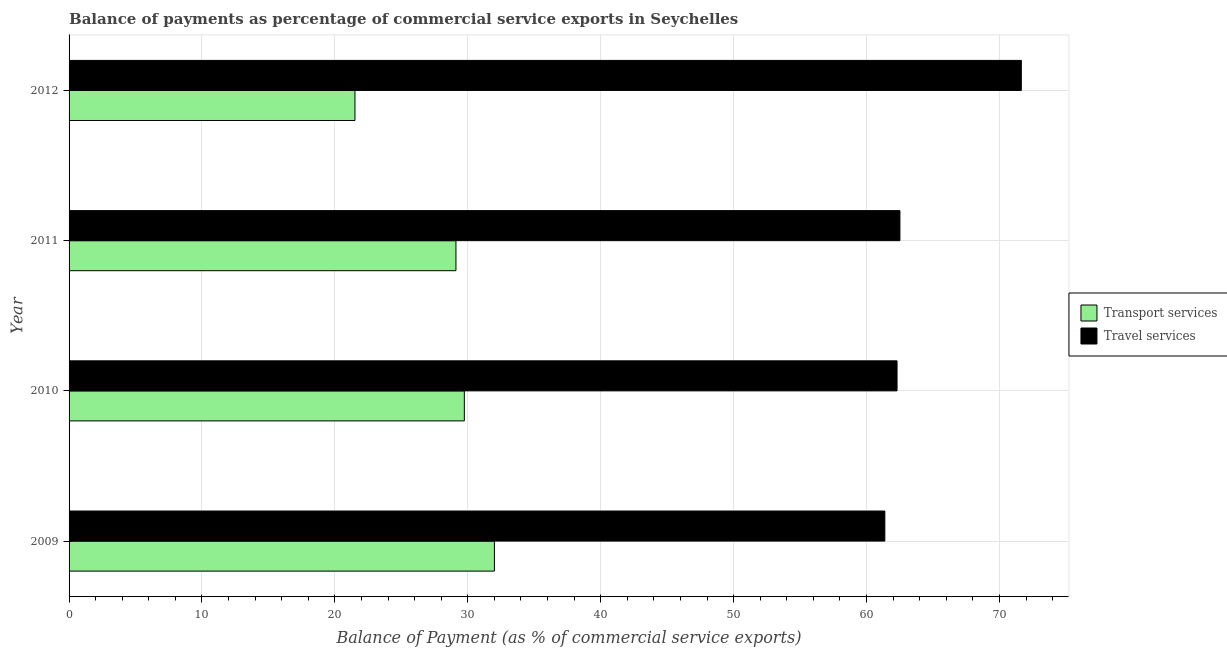
| Year | Transport services | Travel services |
 | --- | --- | --- |
 | 2009 | 32 | 61.4 |
 | 2010 | 29.7 | 62.3 |
 | 2011 | 29.1 | 62.5 |
 | 2012 | 21.5 | 71.6 |